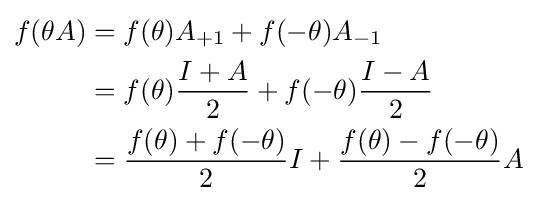
{\begin{aligned}f(\theta A)&=f(\theta )A_{+1}+f(-\theta )A_{-1}\\&=f(\theta ){\frac {I+A}{2}}+f(-\theta ){\frac {I-A}{2}}\\&={\frac {f(\theta )+f(-\theta )}{2}}I+{\frac {f(\theta )-f(-\theta )}{2}}A\\\end{aligned}}